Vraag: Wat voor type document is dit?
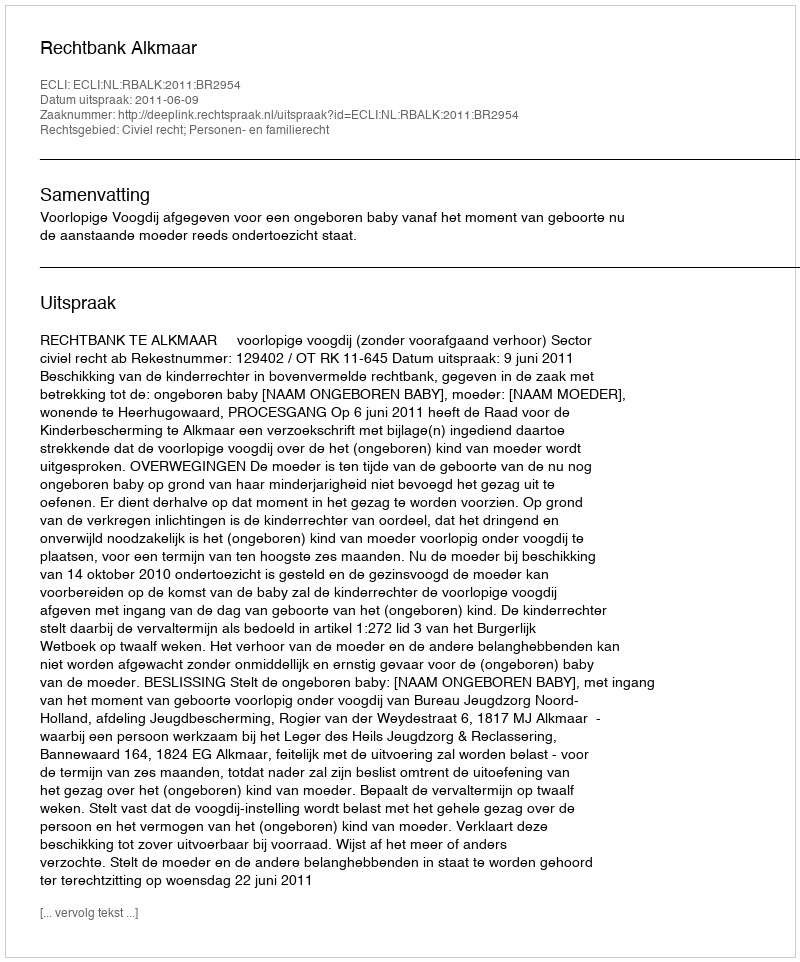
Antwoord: Uitspraak